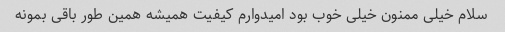
سلام خیلی ممنون خیلی خوب بود امیدوارم کیفیت همیشه همین طور باقی بمونه